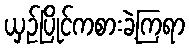
ယှဉ်ပြိုင်ကစားခဲ့ကြရာ